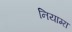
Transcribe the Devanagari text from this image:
नियाग्‍रा